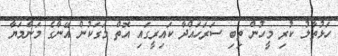
ހަޅުތާލު ކުރި މީހުން ތިބި ސަރަހައްދާ ކައިރީގައި އޮތް މަގަކުން އޭނާގެ މަންމަޔާ